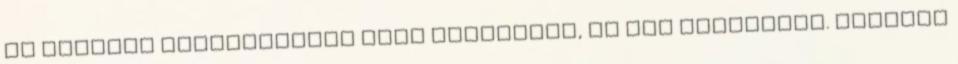
az életben találkoztunk vagy háromszor, ha jól emlékszem. Kétszer